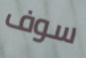
سوف